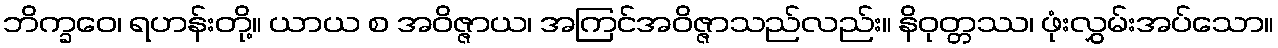
ဘိက္ခဝေ၊ ရဟန်းတို့။ ယာယ စ အဝိဇ္ဇာယ၊ အကြင်အဝိဇ္ဇာသည်လည်း။ နိဝုတ္တဿ၊ ဖုံးလွှမ်းအပ်သော။